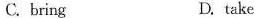
C. bring D. take